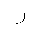
Letter: _ra